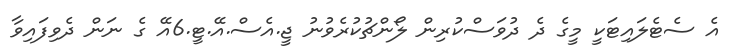
އެ ސެޓެލައިޓަކީ މީގެ ދެ ދުވަސްކުރިން ލޯންޗުކުރެވުނު ޖީ.އެސް.އޭ.ޓީ.6އޭ ގެ ނަން ދެވިފައިވާ